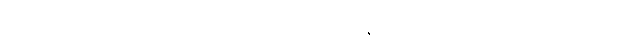
မိတ်၏ပျက်စီးခြင်းကိုလျှင်ရွံရှာသည်ဖြစ်၍။ ရန္ဓမေဝ၊ အခွင့်အပေါက်ကိုသာလျှင်။